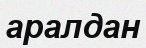
аралдан